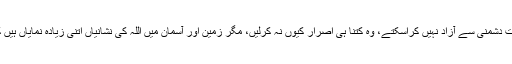
وہ لوگ جو اپنے اذہان کو معقولیت دشمنی سے آزاد نہیں کراسکتے، وہ کتنا ہی اصرار کیوں نہ کرلیں، مگر زمین اور آسمان میں اللہ کی نشانیاں اتنی زیادہ نمایاں ہیں کہ ان سے انکار نہیں کیا جاسکتا۔